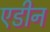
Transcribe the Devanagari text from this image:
एडीन